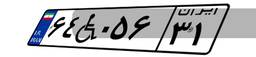
۶۴W۰۵۶۳۱